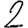
Digit: 2